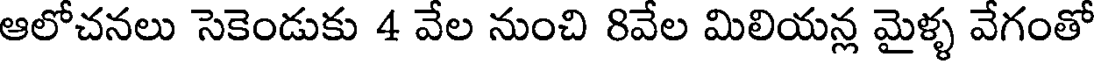
ఆలోచనలు సెకెండుకు 4 వేల నుంచి 8వేల మిలియన్ల మైళ్ళ వేగంతో